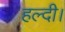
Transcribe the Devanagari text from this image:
हल्दी।